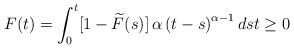
LaTeX: \begin{align*}F(t)=\int_{0}^{t}[1-\widetilde{F}(s)]\,\alpha\left( t-s\right) ^{\alpha-1}dst\geq0\end{align*}